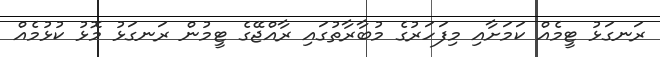
ރަނގަޅު ޓީމެއް ކަމަށާއި މިފަހަރުގެ މުބާރާތުގައި ރާއްޖޭގެ ޓީމުން ރަނގަޅު މޮޅު ކުޅުމެއް